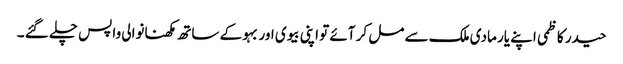
حیدر کاظمی اپنے یار مادی ملک سے مل کر آئے تو اپنی بیوی اور بہو کے ساتھ مکھنانوالی واپس چلے گئے ۔